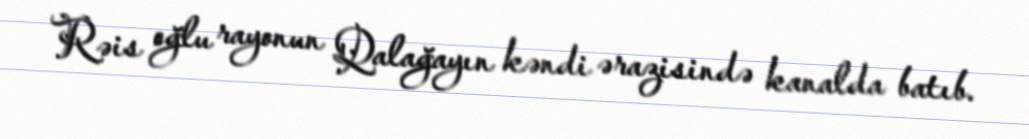
Rəis oğlu rayonun Qalağayın kəndi ərazisində kanalda batıb.